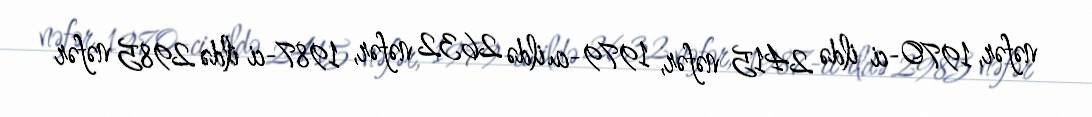
nəfər, 1970-ci ildə 2415 nəfər, 1979-cu ildə 2632 nəfər, 1987-ci ildə 2985 nəfər